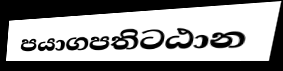
පයාගපතිටඨාන